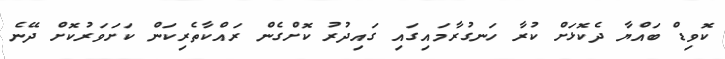
ކޮވިޑް ބައްޔާ ދެކޮޅަށް ކުރާ ހަނގުރާމައިގައި ގައިދުރު ކޮށްގެން ރައްކާތެރިކަން ކަށަވަރުކޮށް ދޭނެ